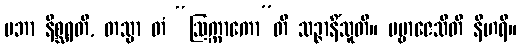
ပဘာ နိစ္ဆရတိ, တသ္မာ တံ “ဩက္ကာကော”တိ သဉ္ဇာနိံသူတိ။ ပဗ္ဗာဇေသီတိ နီဟရိ။